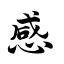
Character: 感